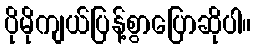
ပိုမိုကျယ်ပြန့်စွာပြောဆိုပါ။